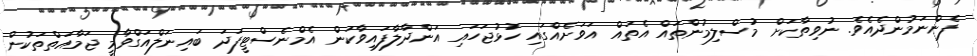
ފެންނަމުންދެއެވެ. ނުވިތާކަށް މުސްލިމުންތައް އެތައް އަވަށެއްގައި ހުޅުޖަހައި އަންދާލާފައިވާކަން އެމްނެސްޓީފަދަ ބައިނަލްއަގްވާމީ ޖަމާއަތްތަކުން